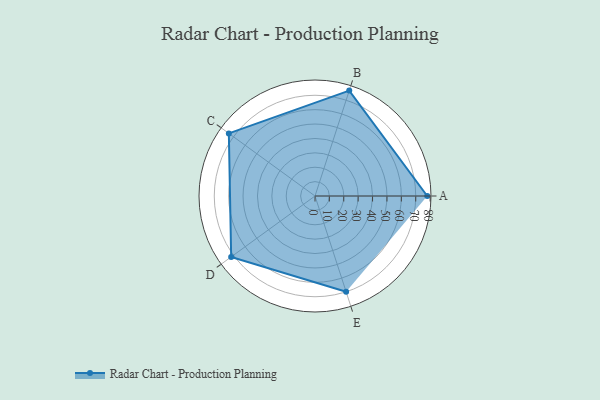
{"axis": {"x": "Skill", "y": "Score"}, "legend": ["Profile"], "data": [{"x": "A", "y": 78.0, "type": "Profile"}, {"x": "B", "y": 77.0, "type": "Profile"}, {"x": "C", "y": 74.0, "type": "Profile"}, {"x": "D", "y": 72.0, "type": "Profile"}, {"x": "E", "y": 70.0, "type": "Profile"}]}